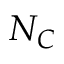
N _ { C }